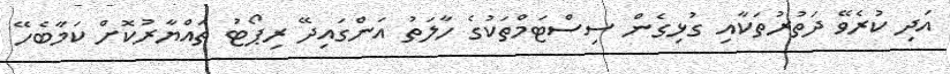
އަދި ކުރެވޭ ދަތުރުތަކާއި ގުޅިގެން ސިސްޓަމްތަކުގެ ހާލަތު އަންގައިދޭ ރިޕޯޓު ތައްޔާރުކޮށް ކަމާބެހޭ